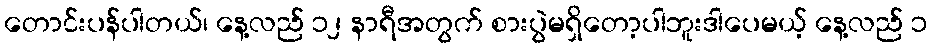
တောင်းပန်ပါတယ်၊ နေ့လည် ၁၂ နာရီအတွက် စားပွဲမရှိတော့ပါဘူးဒါပေမယ့် နေ့လည် ၁